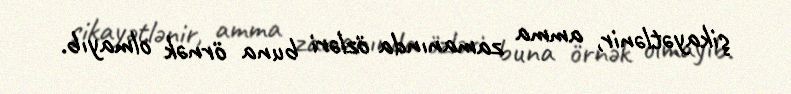
şikayətlənir, amma zamanında özləri buna örnək olmayıb.